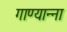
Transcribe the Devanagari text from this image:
गाण्यान्ना